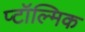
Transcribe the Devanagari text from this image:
प्टॉल्मिक